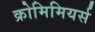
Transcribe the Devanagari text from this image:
क्रोमिमियर्स